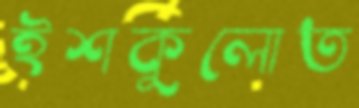
ইশকুলোত